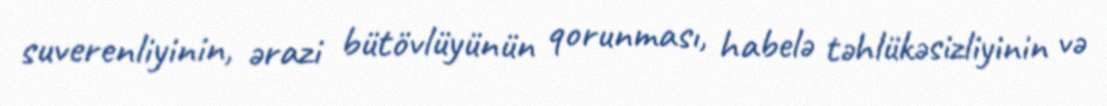
suverenliyinin, ərazi bütövlüyünün qorunması, habelə təhlükəsizliyinin və